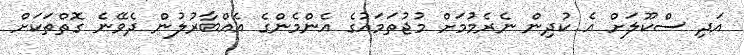
އަދި ސްކޫލަށް އެ ކުދިން ނެރެމުމަށް މުޖުތަމައުގެ އެންމެންގެ އެއްބާރުލުން ދެވޭނެ ގޮތްތަކަށް